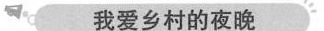
我爱乡村的夜晚